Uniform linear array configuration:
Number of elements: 8
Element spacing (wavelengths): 0.5
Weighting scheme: binomial
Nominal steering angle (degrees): -60
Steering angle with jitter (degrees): -61.196
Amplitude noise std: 0.05
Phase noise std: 0.05

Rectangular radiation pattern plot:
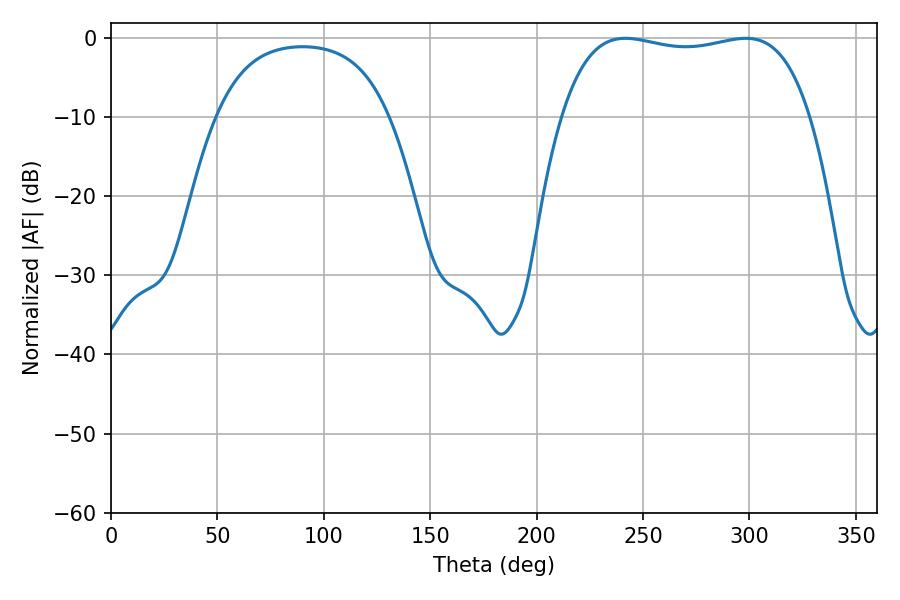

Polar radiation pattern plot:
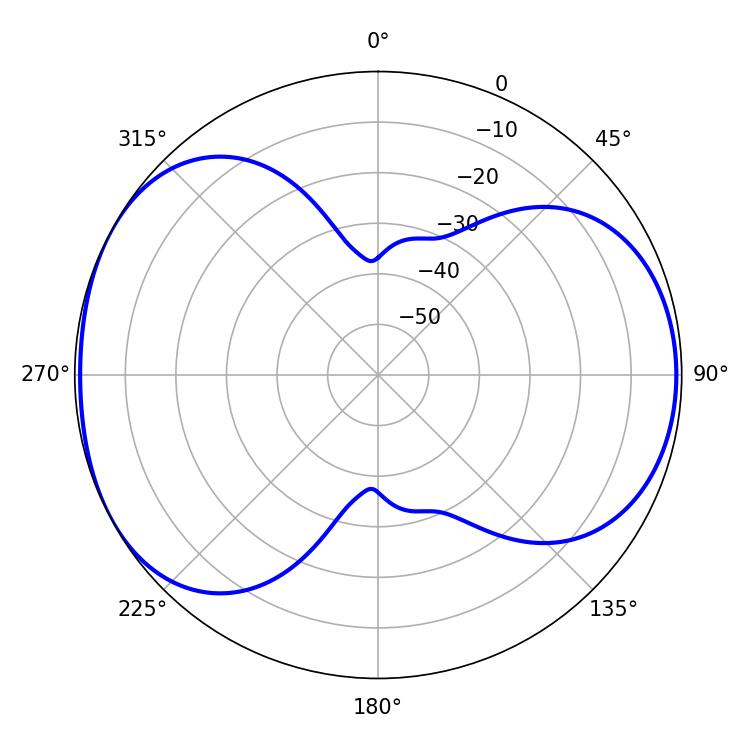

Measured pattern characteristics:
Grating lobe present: FALSE
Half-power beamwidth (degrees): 93.96
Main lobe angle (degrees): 241.74